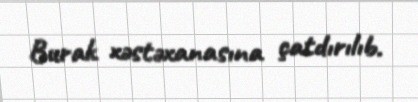
Burak xəstəxanasına çatdırılıb.